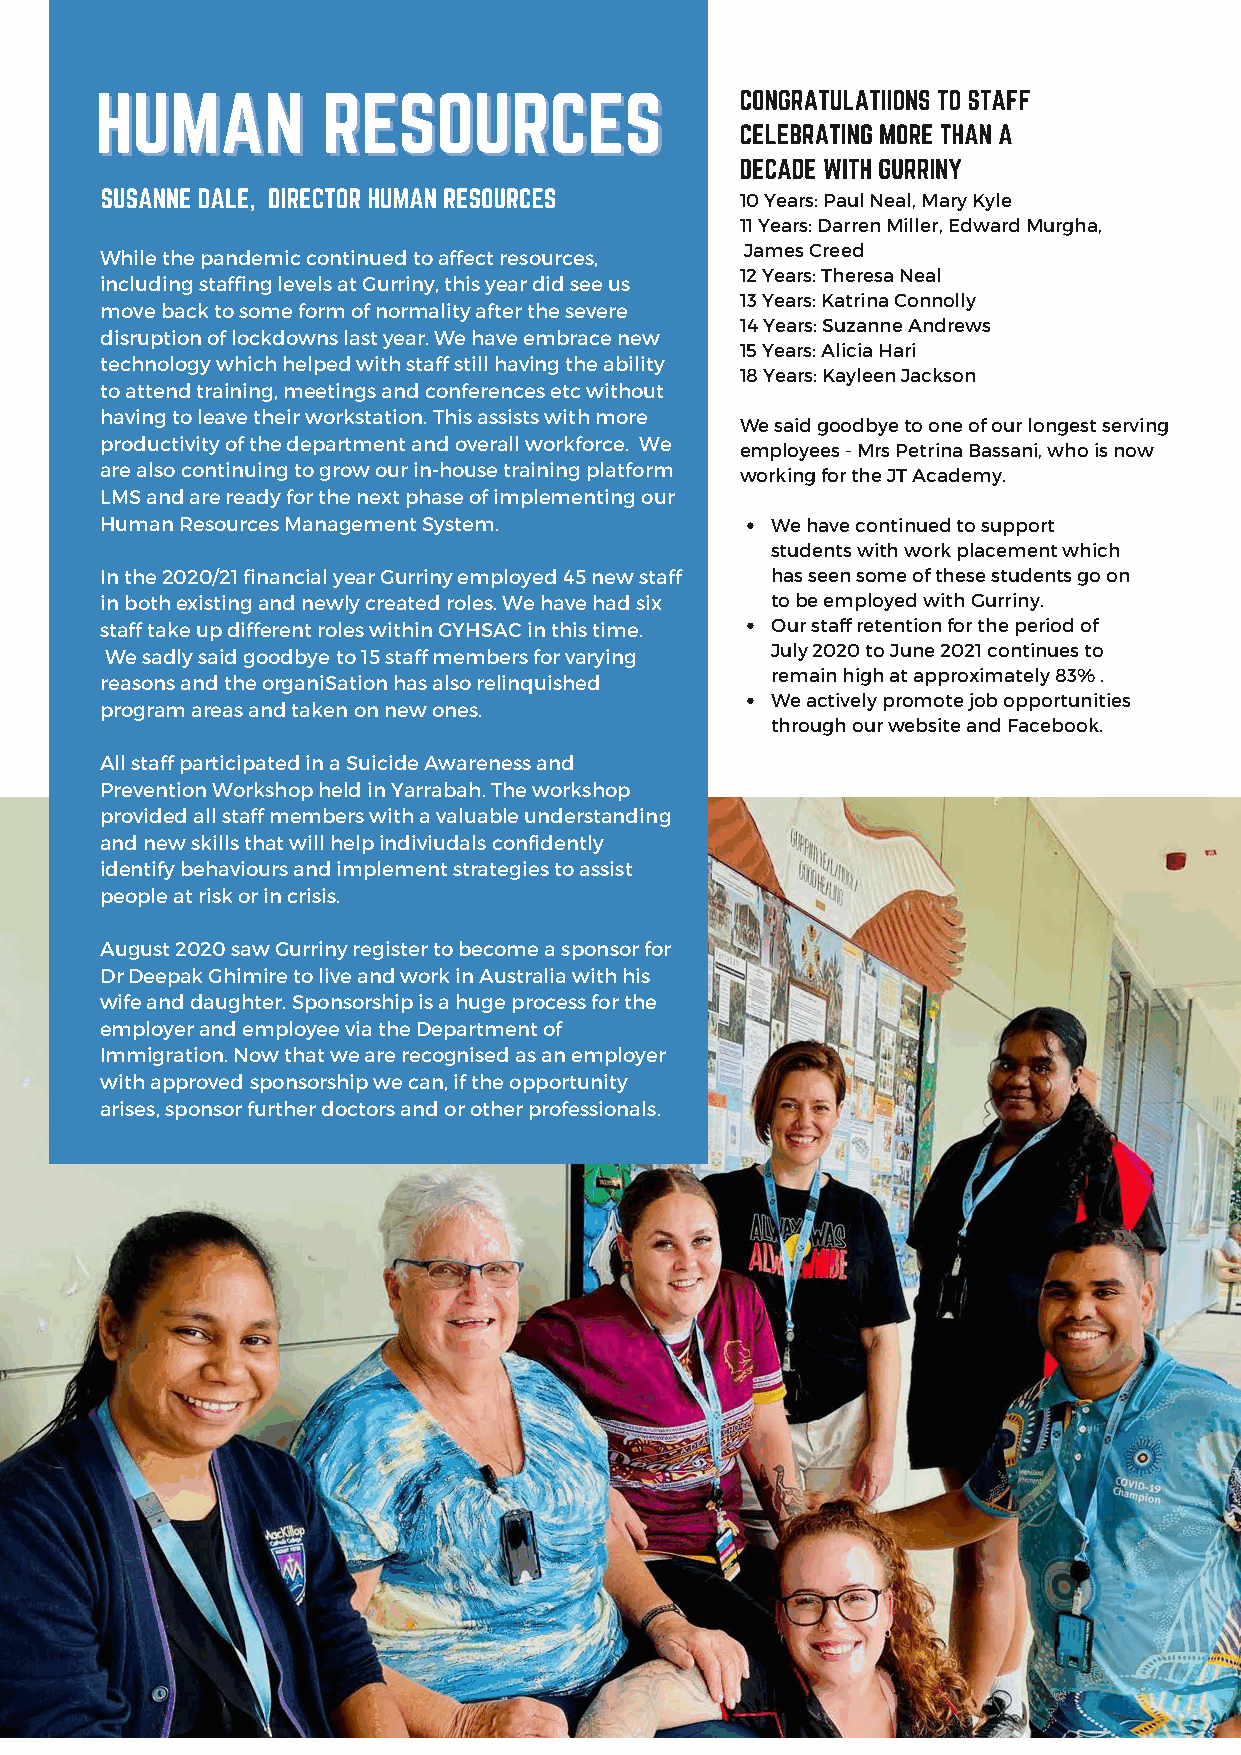
10 Years: Paul Neal, Mary Kyle
 11 Years: Darren Miller, Edward Murgha,
 James Creed
 While the pandemic continued to affect resources,
 12 Years: Theresa Neal
 including staffing levels at Gurriny, this year did see us
 13 Years: Katrina Connolly
 move back to some form of normality after the severe
 14 Years: Suzanne Andrews
 disruption of lockdowns last year. We have embrace new
 15 Years: Alicia Hari
 technology which helped with staff still having the ability
 18 Years: Kayleen Jackson
 to attend training, meetings and conferences etc without
 having to leave their workstation. This assists with more
 We said goodbye to one of our longest serving
 productivity of the department and overall workforce. We
 employees - Mrs Petrina Bassani, who is now
 are also continuing to grow our in-house training platform working for the JT Academy.
 LMS and are ready for the next phase of implementing our
 Human Resources Management System.          We have continued to support
 students with work placement which
 In the 2020/21 financial year Gurriny employed 45 new staff has seen some of these students go on
 in both existing and newly created roles. We have had six to be employed with Gurriny.
 staff take up different roles within GYHSAC in this time. Our staff retention for the period of
 We sadly said goodbye to 15 staff members for varying July 2020 to June 2021 continues to
 remain high at approximately 83% .
 reasons and the organiSation has also relinquished
 We actively promote job opportunities
 program areas and taken on new ones.
 through our website and Facebook.
 All staff participated in a Suicide Awareness and
 Prevention Workshop held in Yarrabah. The workshop
 provided all staff members with a valuable understanding
 and new skills that will help indiviudals confidently
 identify behaviours and implement strategies to assist
 people at risk or in crisis.
 August 2020 saw Gurriny register to become a sponsor for
 Dr Deepak Ghimire to live and work in Australia with his
 wife and daughter. Sponsorship is a huge process for the
 employer and employee via the Department of
 Immigration. Now that we are recognised as an employer
 with approved sponsorship we can, if the opportunity
 arises, sponsor further doctors and or other professionals.